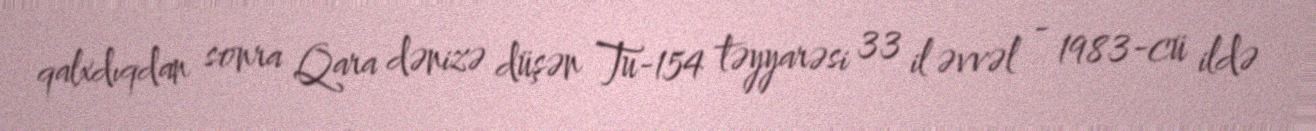
qalxdıqdan sonra Qara dənizə düşən Tu-154 təyyarəsi 33 il əvvəl - 1983-cü ildə